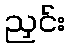
ညှင်း